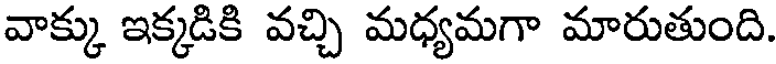
వాక్కు ఇక్కడికి వచ్చి మధ్యమగా మారుతుంది.